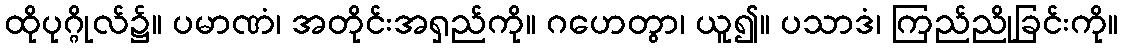
ထိုပုဂ္ဂိုလ်၌။ ပမာဏံ၊ အတိုင်းအရှည်ကို။ ဂဟေတွာ၊ ယူ၍။ ပသာဒံ၊ ကြည်ညိုခြင်းကို။